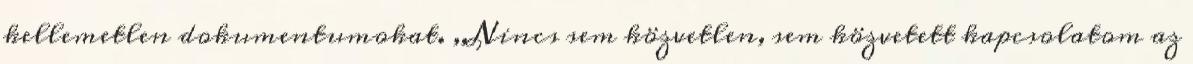
kellemetlen dokumentumokat. ,,Nincs sem közvetlen, sem közvetett kapcsolatom az